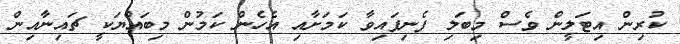
ކުރިން އިޓަލީން ވެސް މިބަލި ފެނިފައިވާ ކަމަށާއި އެހެން ކަމުން މިބައްޔަކީ ޗައިނާއިން